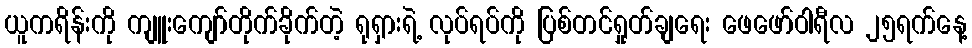
ယူကရိန်းကို ကျူးကျော်တိုက်ခိုက်တဲ့ ရုရှားရဲ့ လုပ်ရပ်ကို ပြစ်တင်ရှုတ်ချရေး ဖေဖော်ဝါရီလ ၂၅ရက်နေ့